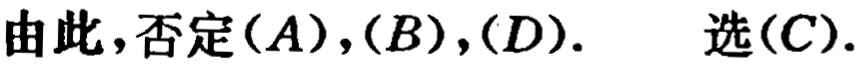
由此，否定\((A)\)，\((B)\)，\((D)\).  选\((C)\).